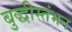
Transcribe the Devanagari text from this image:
बुद्धीस्तंभन